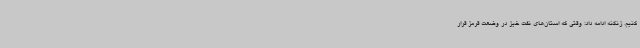
کنیم. زنگنه ادامه داد: وقتی که استان‌های نفت خیز در وضعت قرمز قرار